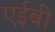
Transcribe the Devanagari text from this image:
एईबी